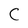
Character: C